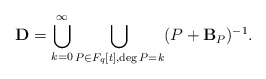
\begin{align*} {\bf D} = \bigcup_{ k=0}^{\infty} \bigcup_{P \in F_{q}[t], \deg P = k} (P + {\bf B}_P)^{-1} . \end{align*}